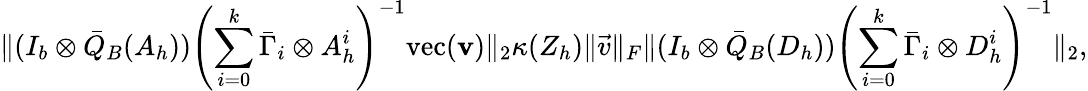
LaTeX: \lVert(I_{b}\otimes\bar{Q}_{B}(A_{h}))\left(\sum_{i=0}^{k}\bar{\Gamma}_{i}\otimes A_{h}^{i}\right)^{-1}\mathrm{vec}(\mathbf{v})\rVert_{2}\le\kappa(Z_{h})\lVert\vec{v}\rVert_{F}\lVert(I_{b}\otimes\bar{Q}_{B}(D_{h}))\left(\sum_{i=0}^{k}\bar{\Gamma}_{i}\otimes D_{h}^{i}\right)^{-1}\rVert_{2},